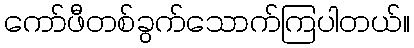
ကော်ဖီတစ်ခွက်သောက်ကြပါတယ်။